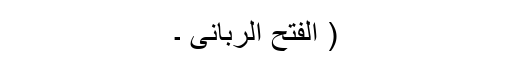
( الفتح الربانی ۔